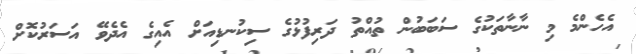
އެހެންމެ މި ނާނާތަކުގެ ސަބަބުން ތުއްތު ދަރިފުޅުގެ ސިކުނޑިއަށް އެއިގެ އެދެވޭ އަސަރުކޮށް